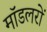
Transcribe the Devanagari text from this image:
मॉडलरों